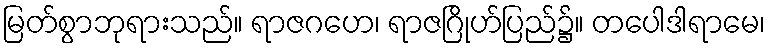
မြတ်စွာဘုရားသည်။ ရာဇဂဟေ၊ ရာဇဂြိုဟ်ပြည်၌။ တပေါဒါရာမေ၊